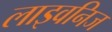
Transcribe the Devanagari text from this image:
लाइवनिज